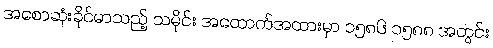
အစောဆုံးခိုင်မာသည့် သမိုင်း အထောက်အထားမှာ ၁၅၈၆ ၁၅၈၈ အတွင်း